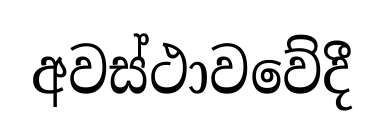
අවස්ථාවවේදී